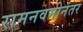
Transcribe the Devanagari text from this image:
रामनवमीनंतर